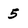
Character: 5